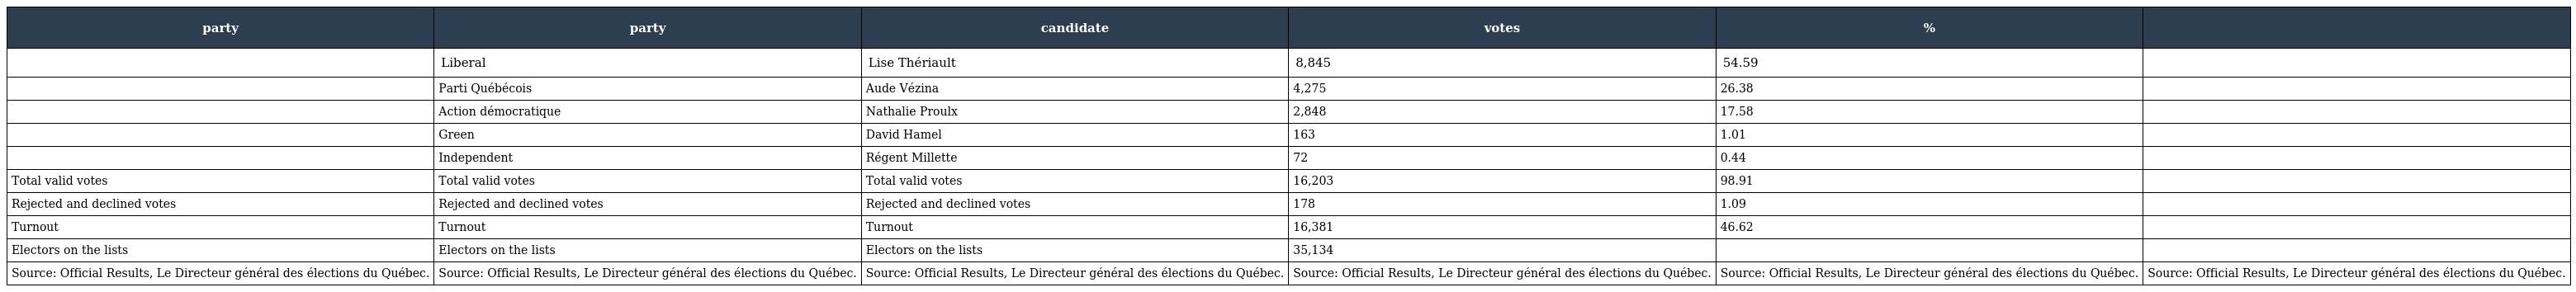
| party | party | candidate | votes | % |  |
 | --- | --- | --- | --- | --- | --- |
 |  | Liberal | Lise Thériault | 8,845 | 54.59 |  |
 |  | Parti Québécois | Aude Vézina | 4,275 | 26.38 |  |
 |  | Action démocratique | Nathalie Proulx | 2,848 | 17.58 |  |
 |  | Green | David Hamel | 163 | 1.01 |  |
 |  | Independent | Régent Millette | 72 | 0.44 |  |
 | Total valid votes | Total valid votes | Total valid votes | 16,203 | 98.91 |  |
 | Rejected and declined votes | Rejected and declined votes | Rejected and declined votes | 178 | 1.09 |  |
 | Turnout | Turnout | Turnout | 16,381 | 46.62 |  |
 | Electors on the lists | Electors on the lists | Electors on the lists | 35,134 |  |  |
 | Source: Official Results, Le Directeur général des élections du Québec. | Source: Official Results, Le Directeur général des élections du Québec. | Source: Official Results, Le Directeur général des élections du Québec. | Source: Official Results, Le Directeur général des élections du Québec. | Source: Official Results, Le Directeur général des élections du Québec. | Source: Official Results, Le Directeur général des élections du Québec. |